Report on vaccination in Madras 1904-1921 - 1904-1921
Year: 1904
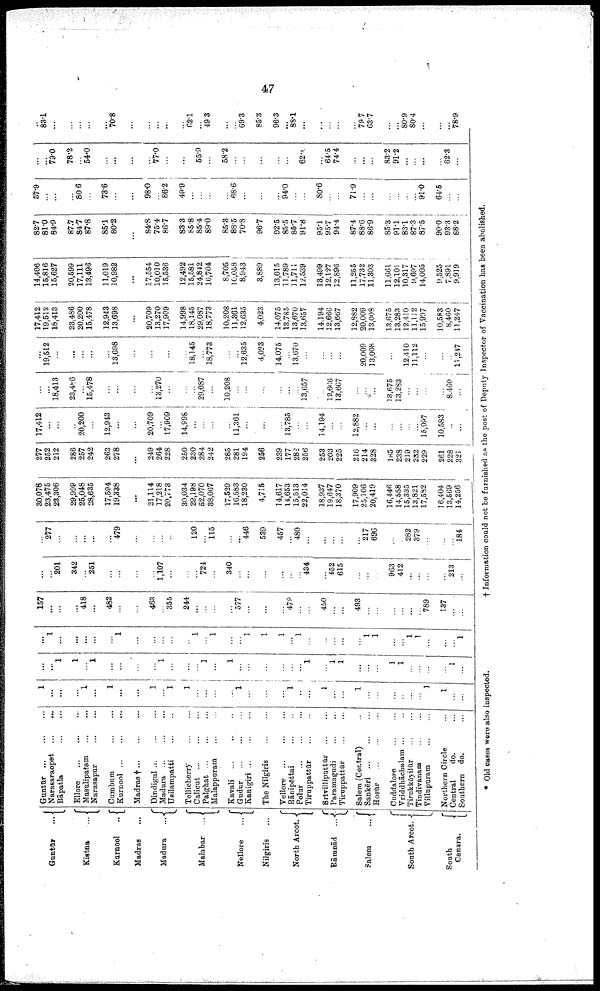
47
Guntūr
...
Kistna
...
Kurnool
...
Madras ...
Madura
...
Malabar ...
Nellore
...
Nilgiris ...
North Arcot.
Rāmnād ...
Salem
...
South Arcot.
South
Canara.
Guntūr
...
...
...
Narasaraopet
...
...
Bāpatīa ... ...
Ellore
... ... ...
Masulipatam
...
...
Narasapur
...
...
Cumbum ... ...
Kurnool ... ... ...
Madras †
...
...
...
Dindigul
...
...
...
Madura
...
...
...
Usilampatti
...
...
Tellicherry
...
...
Calicut
...
...
...
Palghat
...
...
...
Malappuram
...
...
Kavali ... ... ...
Gudur ... ... ...
Kanigiri ... ... ...
The Nilgiris
...
...
Vellore ... ... ...
Rānipēttai
...
...
Polur
...
...
...
Tiruppattūr
...
...
Srīvilliputtūr ... ...
Paramagudi
...
...
Tiruppattūr
...
...
Salem (Central) ...
Sankēri
...
...
...
Hosūr
...
...
...
Cuddalore
...
...
Vriddhāchalam ... ...
Tirukkōyilūr
...
...
Tindivanam ... ...
Villupuram
...
...
Northern Circle ...
Central
do. ...
Southern do. ...
1
...
...
...
1
...
1
...
...
1
...
1
1
...
...
...
...
1
...
...
...
1
...
...
1
...
...
1
...
...
...
...
...
...
1
1
...
...
...
...
1
1
...
1
...
...
...
...
1
...
...
...
1
...
1
...
...
...
...
...
...
1
...
1
1
...
...
...
1
1
...
...
...
...
1
...
...
1
...
...
...
...
...
1
...
...
...
...
...
1
...
1
...
...
1
1
1
...
1
...
...
...
...
...
1
1
...
...
1
1
...
...
...
1
157
...
...
...
418
...
482
...
...
463
...
355
244
...
...
...
...
577
...
...
...
479
...
...
450
...
...
493
...
...
...
...
...
...
789
137
...
...
...
...
201
342
...
251
...
...
...
...
1,107
...
...
...
724
...
340
...
...
...
...
...
...
434
...
452
615
...
...
...
963
412
...
...
...
...
213
...
...
277
...
...
...
...
...
479
...
...
...
...
...
120
...
115
...
...
446
539
457
...
480
...
...
...
...
...
217
696
...
...
282
379
...
...
...
184
30,078
23,475
23,306
29,999
25,048
28,635
17,594
19,338
...
21,114
17,218
20,773
30,034
29,198
52,070
38,067
17,529
16,583
18,230
4,715
14,617
14,653
15,513
22,014
18,937
19,647
18,370
17,909
25,106
20,419
16,446
14,558
15,335
13,821
17,582
16,404
13,569
14,256
277
252
212
286
257
242
263
278
...
249
264
228
250
230
284
242
285
281
194
256
239
177
282
256
253
203
225
216
214
328
185
238
219
232
229
261
228
321
17,412
...
...
...
20,200
...
12,943
...
...
20,709
...
17,909
14,898
...
...
...
...
11,361
...
...
...
13,785
...
...
14,194
...
...
12,882
...
...
...
...
...
...
15,997
10,583
...
...
...
...
18,413
23,486
...
15,478
...
...
...
...
13,270
...
...
...
29,087
...
10,208
...
...
...
...
...
...
13,657
...
12,666
13,667
...
...
...
13,675
13,283
...
...
...
...
8,460
...
...
19,512
...
...
...
...
...
13,698
...
...
...
...
...
18,145
...
18,773
...
...
12,635
4,023
14,075
...
13,670
...
...
...
...
...
20,009
13,008
...
...
12,410
11,112
...
...
...
11,247
17,412
19,512
18,413
23,486
20,200
15,478
12,943
13,698
...
20,709
13,270
17,909
14,998
18,145
29,087
18,773
10,208
11,361
12,635
4,023
14,075
13,785
13,670
13,657
14,194
12,666
13,667
12,882
20,009
13,008
13,675
13,283
12,410
11,112
15,997
10,583
8,460
11,247
14,406 15,816 15,627
20,599
17,111
13,496
11,019
10,982
...
17,554
10,010
15,536
12,492
15,581
24,842
16,704
8,705
10,058
8,943
3,889
13,015
11,789
11,711
12,539
13,499
12,127
12,896
11,255
17,732
11,303
11,661
12,101
10,317
9,697
14,005
9,525
7,891
9,919
82.7
81.0
84.9
87.7
84.7
87.8
85.1
80.2
...
84.8
75.4
86.7
83.3
85.8
85.4
89.0
85.3
88.5
70.8
96.7
92.5
85.5
85.7
91.8
95.1
95.7
94.4
87.4
88.6
86.9
85.3
91.1
83.1
87.3
87.5
90.0
93.3
88.2
57.9
...
...
...
80.6
...
73.6
...
...
98.0
...
86.2
49.9
...
...
...
...
68.6
...
...
...
94.0
...
...
80.6
...
...
71.9
...
...
...
...
...
...
91.0
64.5
...
...
...
...
79.0
78.2
...
54.0
...
...
...
...
77.0
...
...
...
55.9
...
58.2
...
...
...
...
...
...
62.0
...
64.5
74.4
...
...
...
83.2
91.2
...
...
...
...
62.3
...
...
83.1
...
...
...
...
...
70.8
...
...
...
...
...
62.1
...
49.3
...
...
69.3
85.3
96.3
...
88.1
...
...
...
...
...
79.7
63.7
...
...
80.9
80.4
...
...
...
78.9
* Old cases were also inspected.
† Information could not be furnished as the post of Deputy Inspector of Vaccination has been abolished.